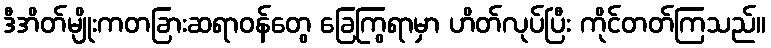
ဒီအိတ်မျိုးကတခြားဆရာဝန်တွေ ခြေကြွရာမှာ ဟိတ်လုပ်ပြီး ကိုင်တတ်ကြသည်။